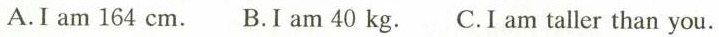
A.I am 164 cm. B.I am 40 kg. C.I am taller than you.